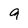
Character: 9